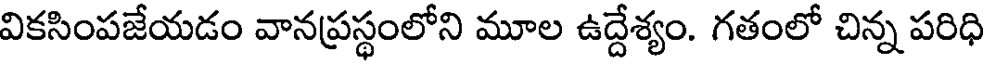
వికసింపజేయడం వానప్రస్థంలోని మూల ఉద్దేశ్యం. గతంలో చిన్న పరిధి